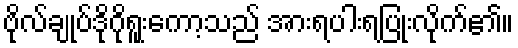
ဗိုလ်ချုပ်ဒိုဂိုရူးကော့သည် အားရပါးရပြုံးလိုက်၏။